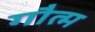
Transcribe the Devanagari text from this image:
गौत्म